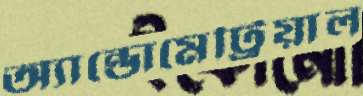
অ্যান্ডোমেট্রিয়াল